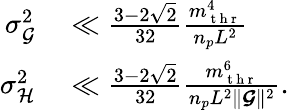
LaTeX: \begin{array}{rl}{\sigma_{\mathcal{G}}^{2}}&{{}\ll\frac{3-2\sqrt{2}}{32}\frac{m_{\mathrm{~t~h~r~}}^{4}}{n_{p}L^{2}}}\\ {\sigma_{\mathcal{H}}^{2}}&{{}\ll\frac{3-2\sqrt{2}}{32}\frac{m_{\mathrm{~t~h~r~}}^{6}}{n_{p}L^{2}\lVert\boldsymbol{\mathcal{G}}\rVert^{2}}.}\end{array}